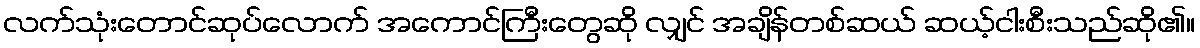
လက်သုံးတောင်ဆုပ်လောက် အကောင်ကြီးတွေဆို လျှင် အချိန်တစ်ဆယ် ဆယ့်ငါးစီးသည်ဆို၏။